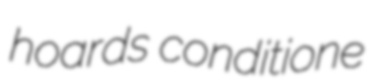
hoards conditione